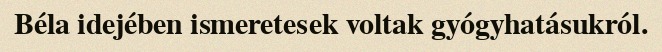
Béla idejében ismeretesek voltak gyógyhatásukról.